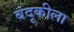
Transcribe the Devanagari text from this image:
बंदूकीला